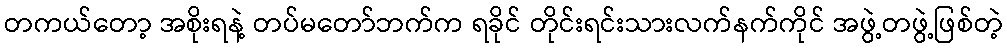
တကယ်တော့ အစိုးရနဲ့ တပ်မတော်ဘက်က ရခိုင် တိုင်းရင်းသားလက်နက်ကိုင် အဖွဲ့တဖွဲ့ဖြစ်တဲ့